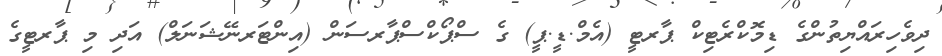
ދިވެހިރައްޔިތުންގެ ޑިމޮކްރެޓިކް ޕާރޓީ (އެމް.ޑީ.ޕީ) ގެ ސްޕޯކްސްޕާރސަން (އިންޓަރނޭޝަނަލް) އަދި މި ޕާރޓީގެ